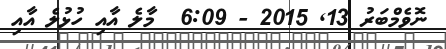
ނޮވެމްބަރު 13